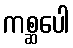
ကစ္ဆပေါ